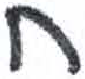
אות: ח